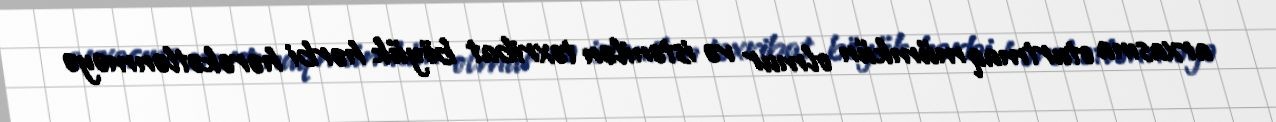
arxasına oturtmaq mümkün olmur və istənilən təxribat böyük hərbi hərəkətlənməyə